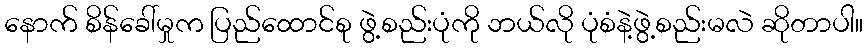
နောက် စိန်ခေါ်မှုက ပြည်ထောင်စု ဖွဲ့စည်းပုံကို ဘယ်လို ပုံစံနဲ့ဖွဲ့စည်းမလဲ ဆိုတာပါ။